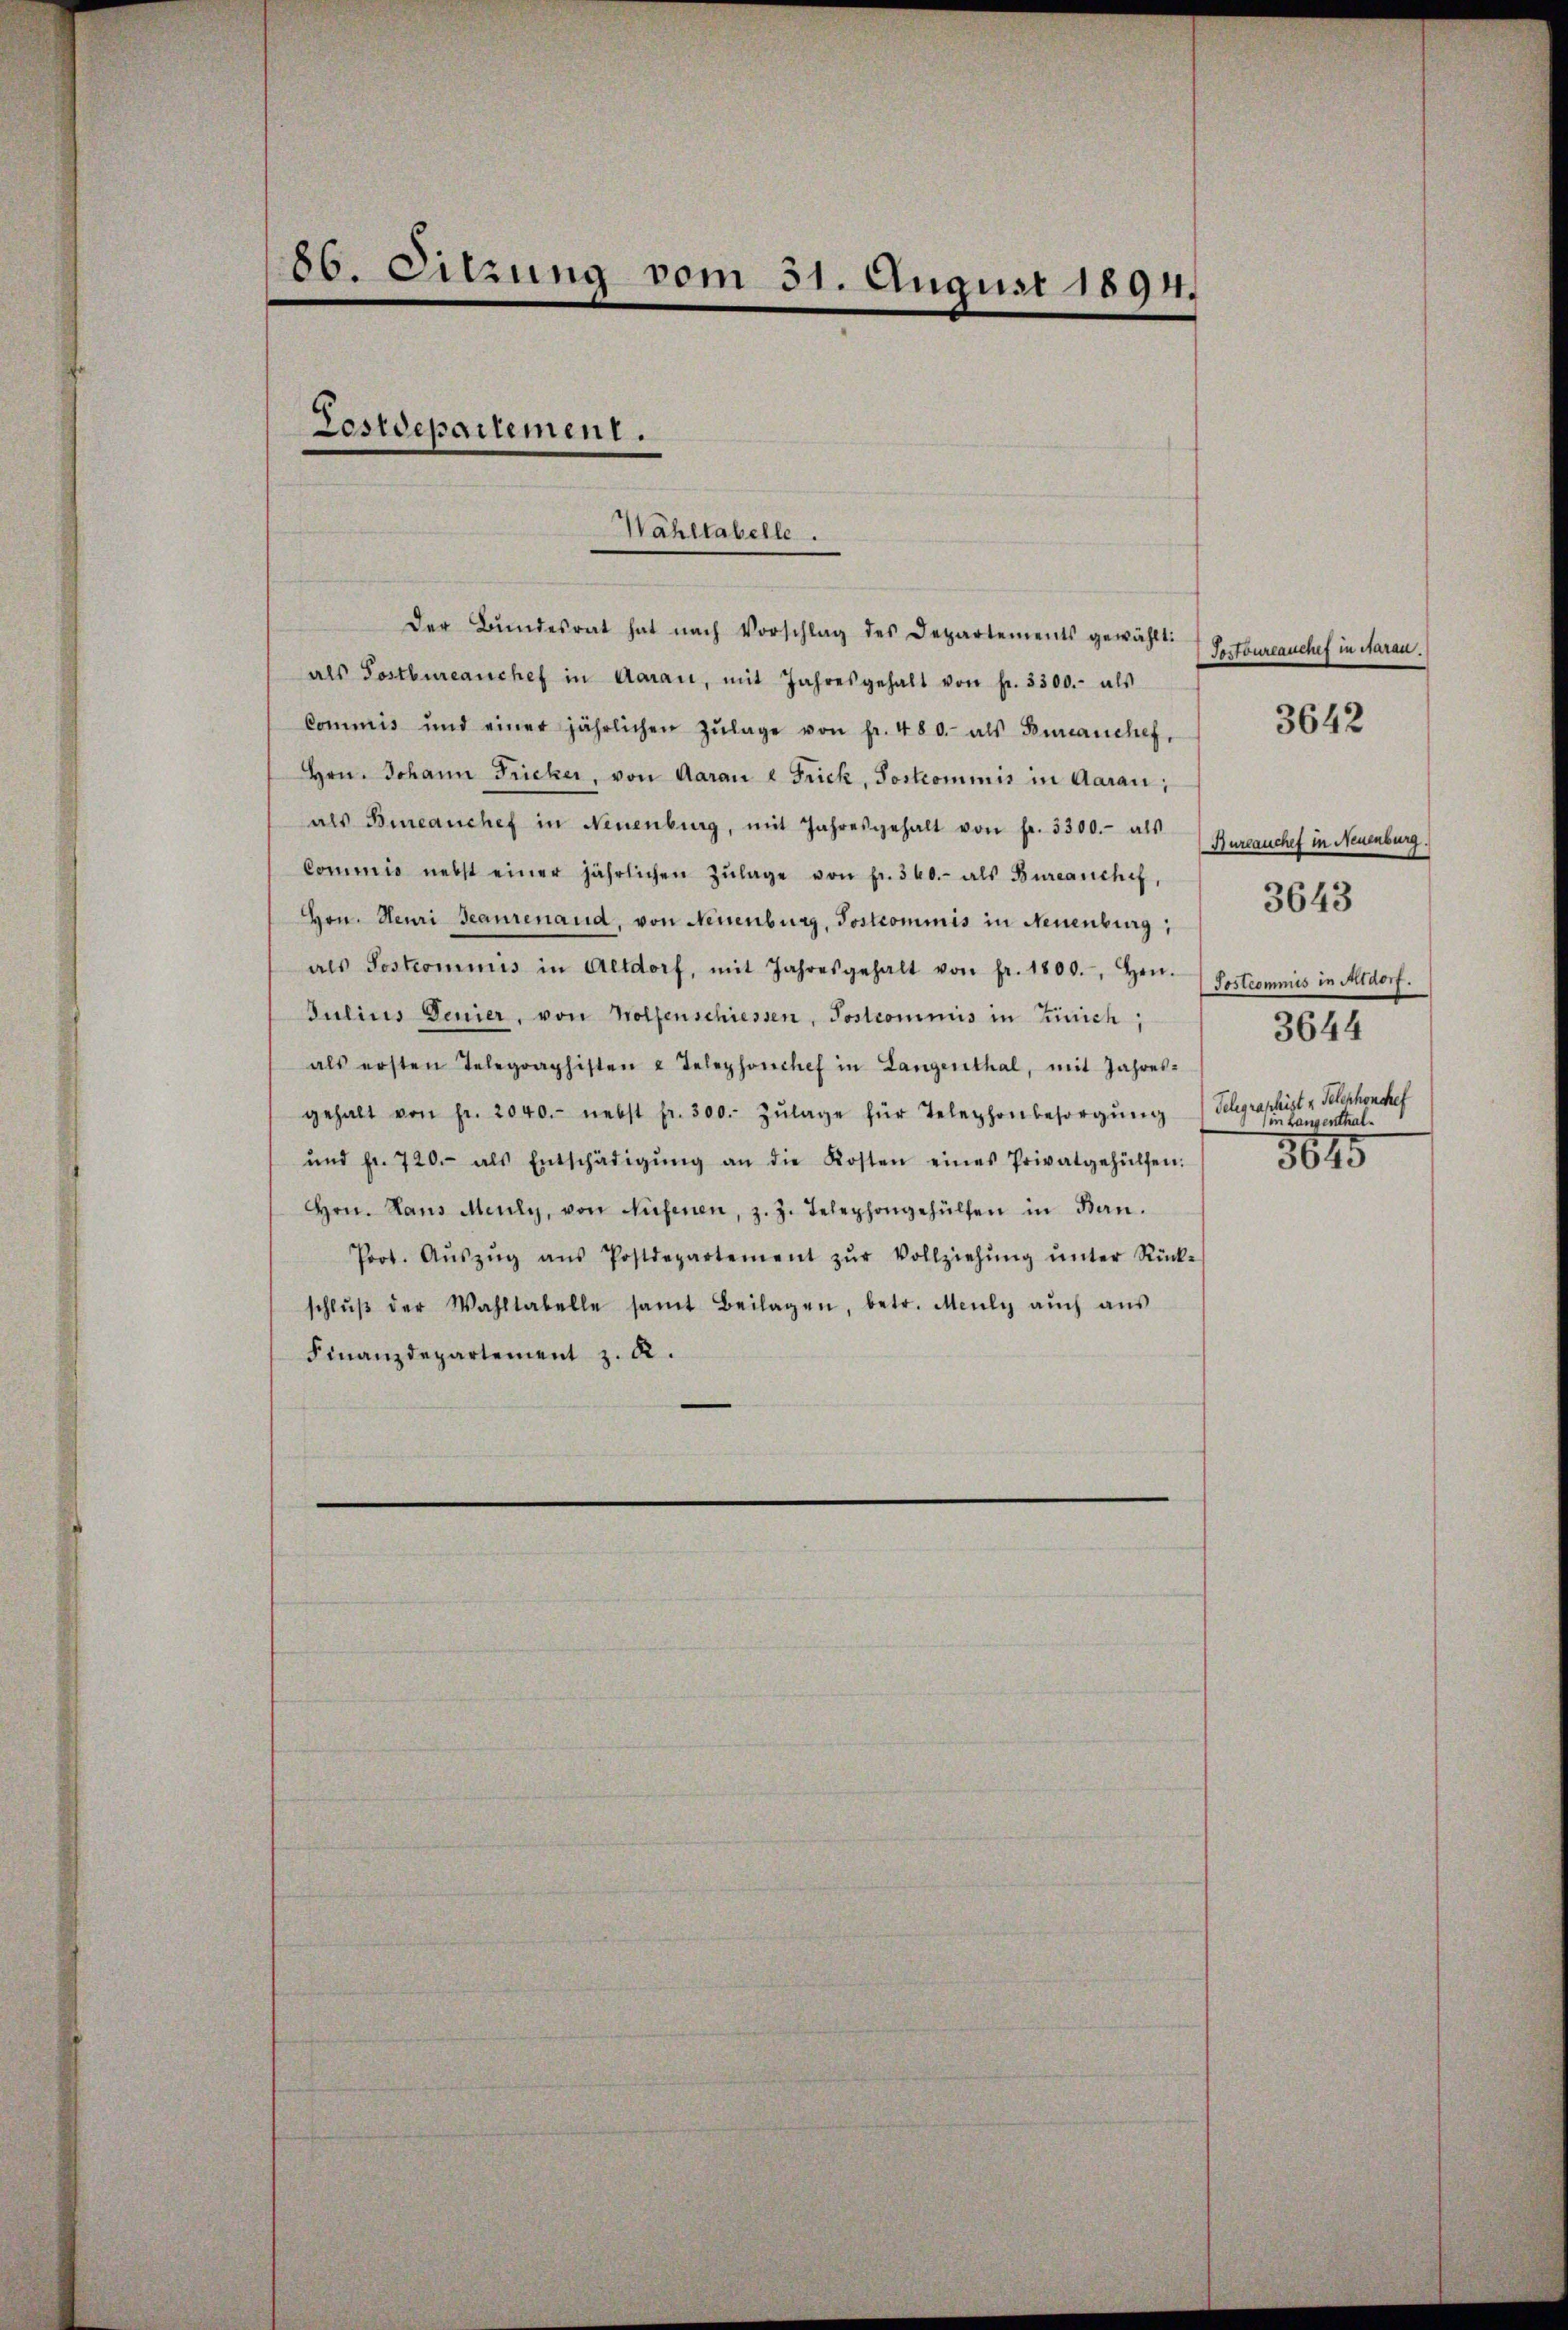
86. Sitzung vom 31. August 1894.

Lostdepartement.

Wahltabelle.

der Bŭndesrat hat nach Vorschlag des Departements gewählt:
als Postbureanchef in Aarau, mit Jahresgehalt von fr. 3300.- als
Commis und einer jährlichen Zŭlage von fr. 480. als Bureanchef,
Hrn. Johann Fricker, von Aarau u Frick, Postcommis in Aarau;
als Bureauchef in Neuenburg, mit Jahresgehalt von fr. 5300.- als
Commis nebst einer jährlichen Zŭlage von fr. 360.- als Bureanchef,
Hon. Heuri Beaurenand, von Neuenburg, Jostcommis in Neuenburg . 364.
als Sostrommnis in Altdorf, mit Jahresgehalt von fr. 1800. Hrn.
Julius Denier, von Wolfenschiessen, Postcommis in Zürich,
als ersten Telegraphisten u Telephonchef in Langenthal, mit Jahres-
gehalt von Fr. 2040.- nebst fr. 300. Zŭlage für Telephonbesorgŭng Schgraphist u. Telephonchef
ŭnd fr. 720.- als Entschädigŭng an die Kosten eines Privatgehülfen.
Hrn. Haus Meuly, von Nufenen, z. Z. Telephongehülfen in Ban.
Poot. Aŭszŭg aŭs Postdepartement zŭr Vollziehŭng ŭnter Rück-
schlŭβ der Wahltabelle samt Beilagen, betr. Meuly aŭch aŭs
Finanzdepartement z. B.

Portoureauchef in daran.
Bureauchef in Neuenburg.
Sostcommis in Altdorf.
3644
in Langenthal¬
3675

3642